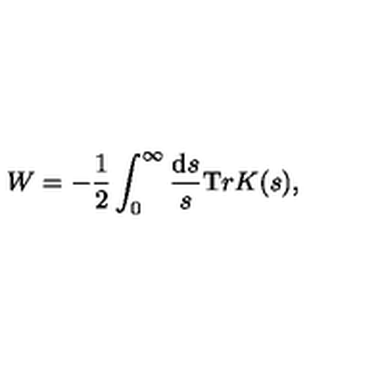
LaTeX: W = - \frac 1 2 \int _ { 0 } ^ { \infty } \frac { { \mathrm d } s } { s } { \mathrm T r } K ( s ) ,